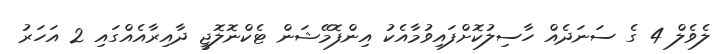
ލެވެލް 4 ގެ ސަނަދެއް ހާސިލުކޮށްފައިވުމާއެކު އިންފޮމޭޝަން ޓެކްނޮލޮޖީ ދާއިރާއެއްގައި 2 އަހަރު